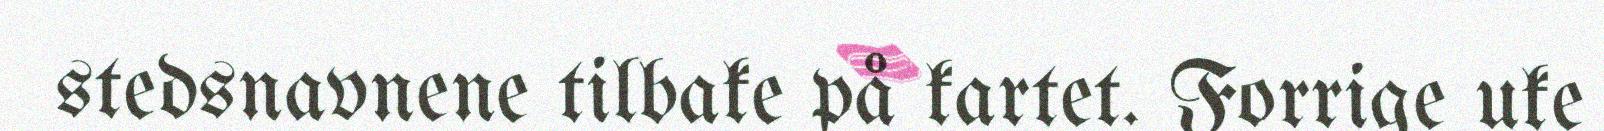
stedsnavnene tilbake på kartet. Forrige uke